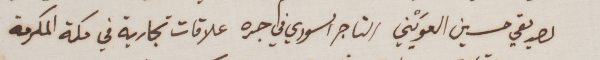
لصديقي حسين العوَيْني التاجر السوري في جده علاقات تجارية في مكة المكرمة